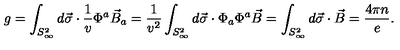
g = \int _ { S _ { \infty } ^ { 2 } } d \vec { \sigma } \cdot \frac { 1 } { v } \Phi ^ { a } \vec { B } _ { a } = \frac { 1 } { v ^ { 2 } } \int _ { S _ { \infty } ^ { 2 } } d \vec { \sigma } \cdot \Phi _ { a } \Phi ^ { a } \vec { B } = \int _ { S _ { \infty } ^ { 2 } } d \vec { \sigma } \cdot \vec { B } = \frac { 4 \pi n } { e } .